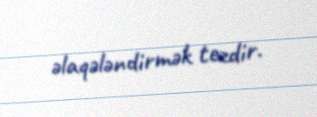
əlaqələndirmək tezdir.